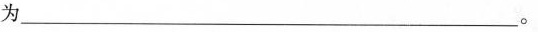
为_________。